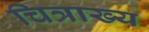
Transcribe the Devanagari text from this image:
चित्राख्य